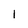
Character: 1